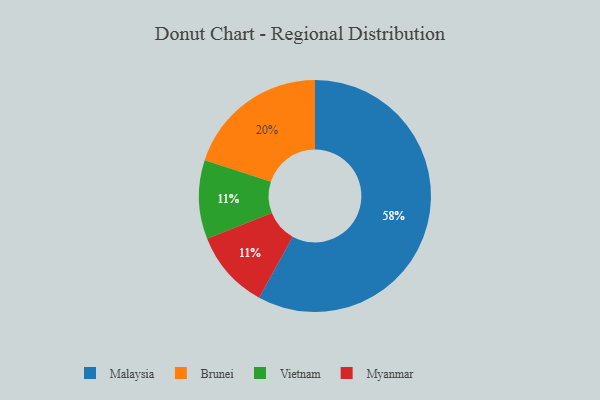
{"axis": {"x": "Category", "y": "Percentage"}, "legend": ["Brunei", "Malaysia", "Myanmar", "Vietnam"], "data": [{"x": "Brunei", "y": 20, "type": "Brunei"}, {"x": "Malaysia", "y": 58, "type": "Malaysia"}, {"x": "Vietnam", "y": 11, "type": "Vietnam"}, {"x": "Myanmar", "y": 11, "type": "Myanmar"}]}